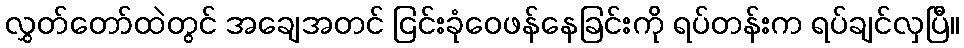
လွှတ်တော်ထဲတွင် အချေအတင် ငြင်းခုံဝေဖန်နေခြင်းကို ရပ်တန်းက ရပ်ချင်လှပြီ။